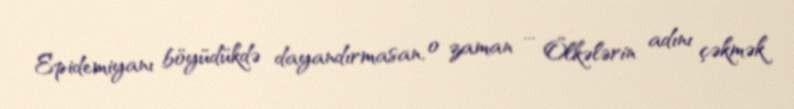
Epidemiyanı böyüdükdə dayandırmasan, o zaman ... Ölkələrin adını çəkmək